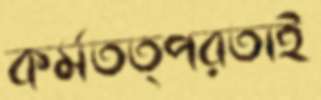
কর্মতত্পরতাই